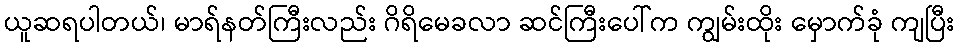
ယူဆရပါတယ်၊ မာရ်နတ်ကြီးလည်း ဂိရိမေခလာ ဆင်ကြီးပေါ်က ကျွမ်းထိုး မှောက်ခုံ ကျပြီး